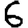
Digit: 6